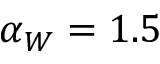
\alpha _ { W } = 1 . 5